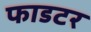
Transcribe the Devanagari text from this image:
फाडटर